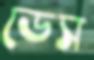
ডেস